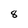
Character: 8